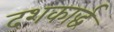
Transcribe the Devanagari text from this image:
दशकार्द्ध